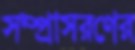
সম্প্রাসরণের